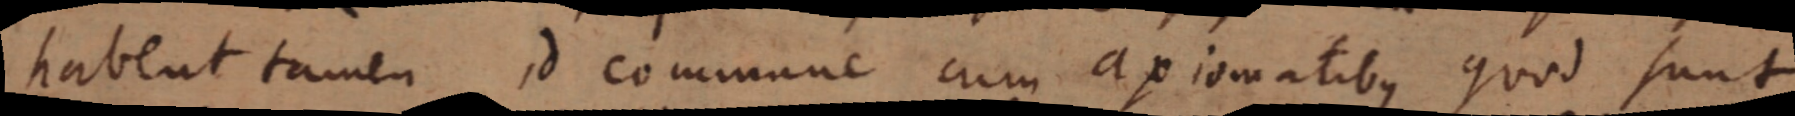
habent tamen id commune cum axiomatibus quod sunt